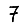
Digit: 7